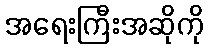
အရေးကြီးအဆိုကို